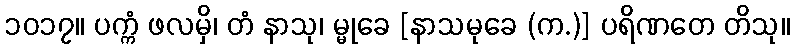
၁၀၁၇။ ပက္ကံ ဖလမှိ၊ တံ နာသု၊ မ္မုခေ [နာသမုခေ (က.)] ပရိဏတေ တိသု။